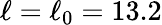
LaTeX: \ell=\ell_{0}=13.2